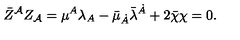
\bar { Z } ^ { \cal A } Z _ { \cal A } = \mu ^ { A } \lambda _ { A } - \bar { \mu } _ { \dot { A } } \bar { \lambda } ^ { \dot { A } } + 2 \bar { \chi } \chi = 0 .